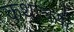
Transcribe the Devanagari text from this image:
कथात्रयी